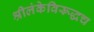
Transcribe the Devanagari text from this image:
श्रीलंकेविरूद्धच